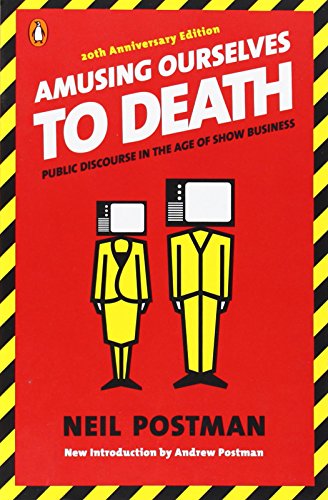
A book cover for Amusing Ourselves to Death: Public Discourse in the Age of Show Business; Neil Postman; Humor & Entertainment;